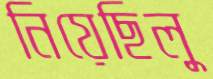
নিয়েছিলু